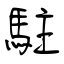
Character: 駐